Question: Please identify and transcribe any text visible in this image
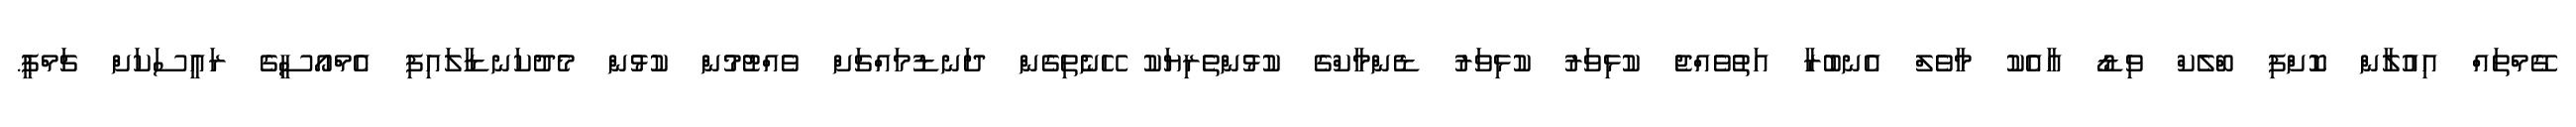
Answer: ގޭމްތައް އިއުލާން ކޮށްފި ބްލެކް ވިޑޯ އާއެކު މާވެލް އެނބުރާ އަތުވެއްޖެ ކުޅިވަރު ކުޅިވަރު ޑެންމާކްގެ ކުޅުންތެރިޔަކު ހޭނެތިގެން ދަނޑުމައްޗަށް ވެއްޓުމުން ކުޅުން މެދުކަނޑާލައިފި އެމްއޯސީގެ ރައީސަކަށް ޗަމްޕީ.